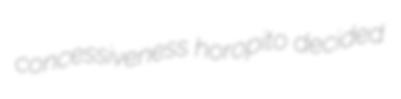
concessiveness horopito decided